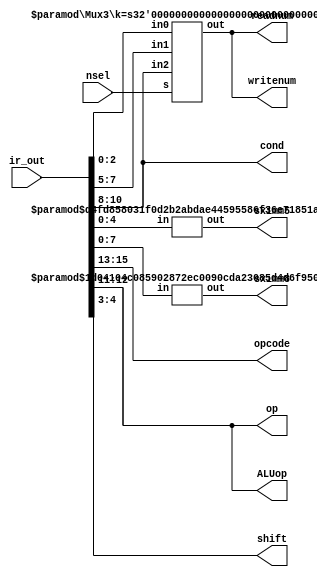
module decoder(ir_out, nsel, opcode, op, writenum, readnum, shift, sximm8, sximm5, ALUop, cond);
	input [15:0] ir_out;
	input [2:0] nsel;
	output [15:0] sximm5, sximm8;
	output wire [2:0] opcode, writenum, readnum, cond;
	output wire [1:0] op, shift, ALUop;
	// To controller
	assign opcode = ir_out[15:13]; // & datapath
	assign op = ir_out[12:11];
	assign cond = ir_out[10:8];
	// To datapath
	assign ALUop = ir_out[12:11];
	assign shift = ir_out[4:3];
	
	wire [2:0] Rn = ir_out[10:8];
	wire [2:0] Rd = ir_out[7:5];
	wire [2:0] Rm = ir_out[2:0];
	
	wire [4:0] imm5 = ir_out[4:0];
	wire [7:0] imm8 = ir_out[7:0];
	
	wire [2:0] read_write;
	// Instantiate sign extension module
	sx #(5,16) sx5to16(imm5, sximm5);
	sx #(8,16) sx8to16(imm8, sximm8);
	// Instantiate mux to read/write Rn, Rd, Rm to register file
	Mux3 #(3) muxReg(.in2(Rn), .in1(Rd), .in0(Rm), .s(nsel), .out(read_write));
	// Drive selected register to writenum and readnum 
	assign writenum = read_write;
	assign readnum = read_write;
endmodule
	
// sign extension module
module sx(in, out);
	parameter n = 5;
	parameter m = 16;
	input [n-1:0] in;
	output wire [m-1:0] out;
	// Copy in to out from lsb and extend msb of in to msb of out
	assign out = {{m-n{in[n-1]}}, in};
endmodule

// 3 input k-bit wide mux with one-hot select
module Mux3(in2, in1, in0, out, s);
	parameter k = 3;
	input [k-1:0] in2, in1, in0;
	input [2:0] s;
	output reg [k-1:0] out;
	// one-hot select one of the three inputs to out
	always @(*)
		case(s)
			3'b001: out = in0;
			3'b010: out = in1;
			3'b100: out = in2;
			default: out = {k{1'bx}};
		endcase
endmodule